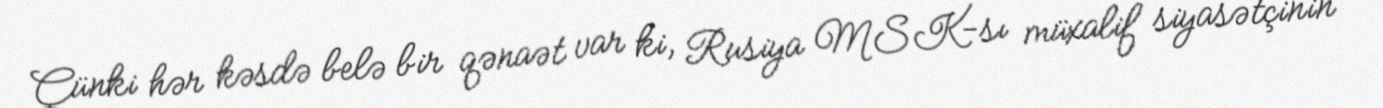
Çünki hər kəsdə belə bir qənaət var ki, Rusiya MSK-sı müxalif siyasətçinin